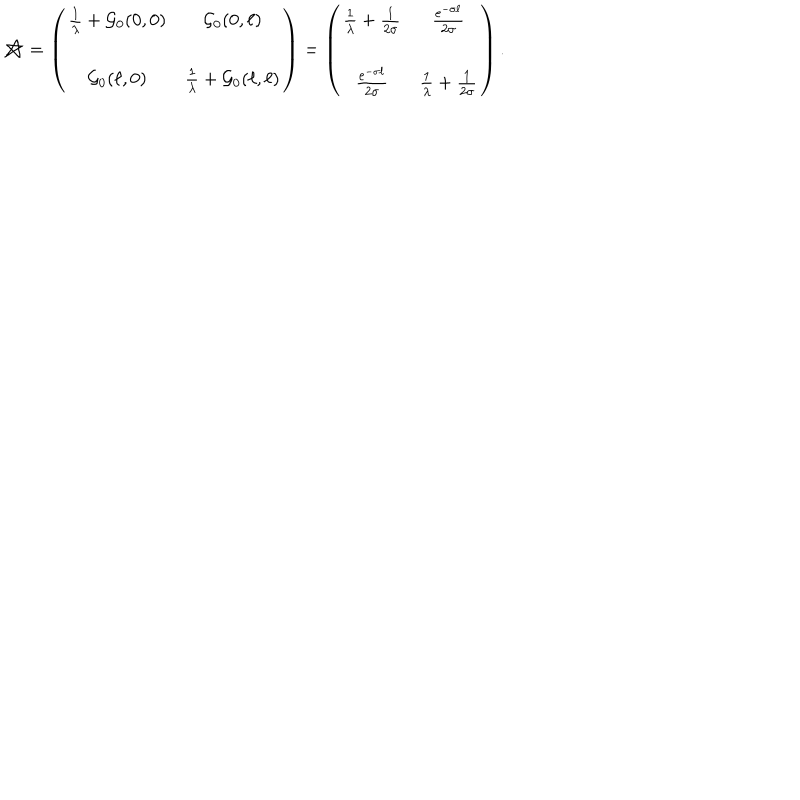
{ \cal M } = \left( \begin{array} { c c } { { \frac { 1 } { \lambda } + { \cal G } _ { 0 } ( 0 , 0 ) } } & { { { \cal G } _ { 0 } ( 0 , \ell ) } } \\ { { } } & { { } } \\ { { { \cal G } _ { 0 } ( \ell , 0 ) } } & { { \frac { 1 } { \lambda } + { \cal G } _ { 0 } ( \ell , \ell ) } } \\ \end{array} \right) = \left( \begin{array} { c c } { { \frac { 1 } { \lambda } + \frac { 1 } { 2 \sigma } } } & { { \frac { e ^ { - \sigma \ell } } { 2 \sigma } } } \\ { { } } & { { } } \\ { { \frac { e ^ { - \sigma \ell } } { 2 \sigma } } } & { { \frac { 1 } { \lambda } + \frac { 1 } { 2 \sigma } } } \\ \end{array} \right) .